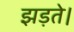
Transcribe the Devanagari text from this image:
झड़ते।